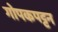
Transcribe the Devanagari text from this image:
गोपकपट्टन